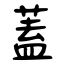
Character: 蓋